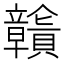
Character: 𧹄